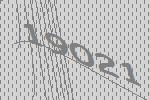
19021